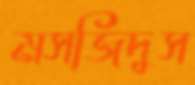
মসজিদুস